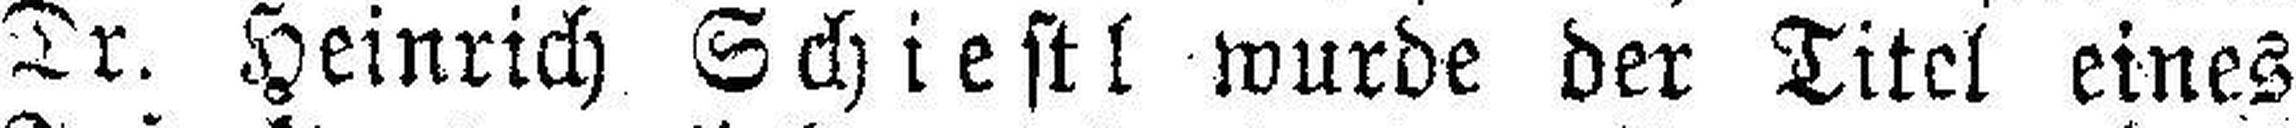
Dr. Heinrich Schiestl wurde der Titel eines